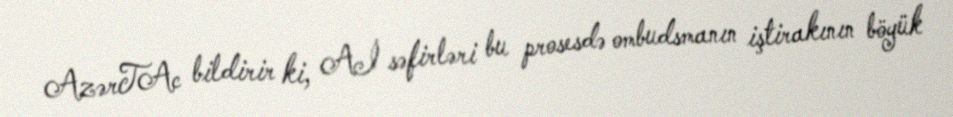
AzərTAc bildirir ki, Aİ səfirləri bu prosesdə ombudsmanın iştirakının böyük